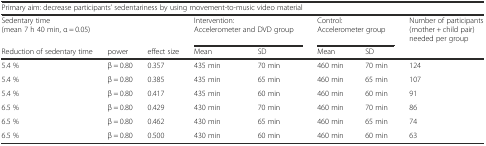
<table><thead><tr><td colspan="8"><b>Primary aim: decrease participants’ sedentariness by using movement-to-music video material</b></td></tr><tr><td><b>Sedentary time (mean 7 h 40 min, α = 0.05)</b></td><td></td><td></td><td colspan="2"><b>Intervention: Accelerometer and DVD group</b></td><td colspan="2"><b>Control: Accelerometer group</b></td><td><b>Number of participants (mother + child pair) needed per group</b></td></tr><tr><td><b>Reduction of sedentary time</b></td><td><b>power</b></td><td><b>effect size</b></td><td><b>Mean</b></td><td><b>SD</b></td><td><b>Mean</b></td><td><b>SD</b></td><td></td></tr></thead><tbody><tr><td>5.4 %</td><td>β = 0.80</td><td>0.357</td><td>435 min</td><td>70 min</td><td>460 min</td><td>70 min</td><td>124</td></tr><tr><td>5.4 %</td><td>β = 0.80</td><td>0.385</td><td>435 min</td><td>65 min</td><td>460 min</td><td>65 min</td><td>107</td></tr><tr><td>5.4 %</td><td>β = 0.80</td><td>0.417</td><td>435 min</td><td>60 min</td><td>460 min</td><td>60 min</td><td>91</td></tr><tr><td>6.5 %</td><td>β = 0.80</td><td>0.429</td><td>430 min</td><td>70 min</td><td>460 min</td><td>70 min</td><td>86</td></tr><tr><td>6.5 %</td><td>β = 0.80</td><td>0.462</td><td>430 min</td><td>65 min</td><td>460 min</td><td>65 min</td><td>74</td></tr><tr><td>6.5 %</td><td>β = 0.80</td><td>0.500</td><td>430 min</td><td>60 min</td><td>460 min</td><td>60 min</td><td>63</td></tr></tbody></table>